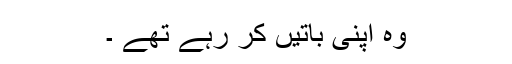
وہ اپنی باتیں کر رہے تھے ۔